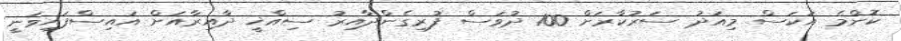
ކޮންމެ އަކަސް މިއަދު ސަރުކާރަށް 100 ދުވަސް ފުރިގެންދާއިރު ސިއްޚީ ދާއިރާއަށް އައިސްފައިވަނީ